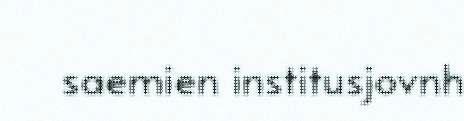
saemien institusjovnh